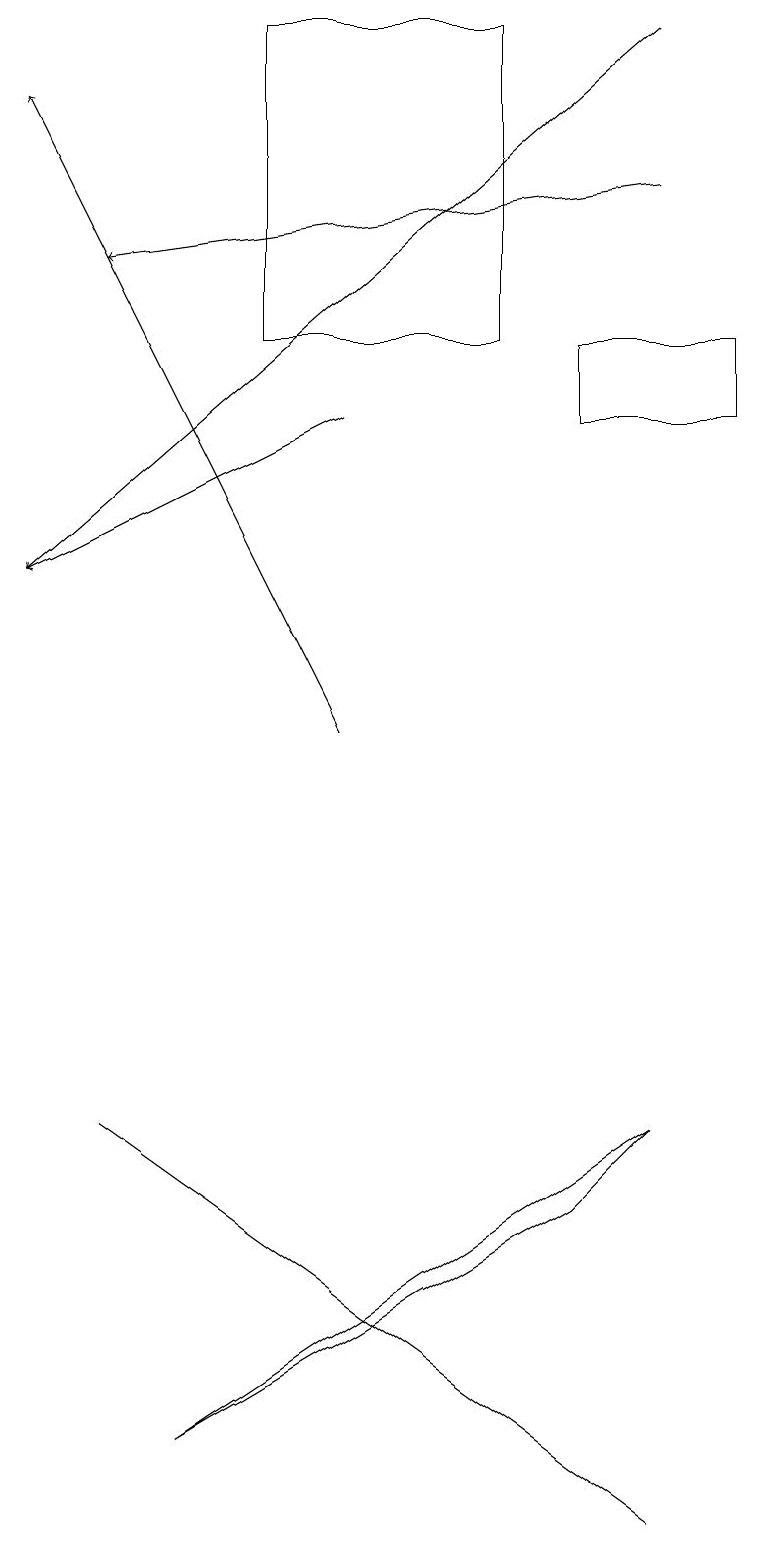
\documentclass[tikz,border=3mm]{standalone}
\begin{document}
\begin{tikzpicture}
\draw (9,15) rectangle (7,14);
\draw[->] (8,17) -- (1,16);
\draw (6,15) rectangle (3,19);
\draw (8,5) -- (7,4) -- (2,1) -- cycle;
\draw (8,0) -- (1,5) -- (1,5) -- cycle;
\draw[->] (8,19) -- (0,12);
\draw[->] (4,10) -- (0,18);
\draw[->] (4,14) -- (0,12);
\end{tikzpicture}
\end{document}